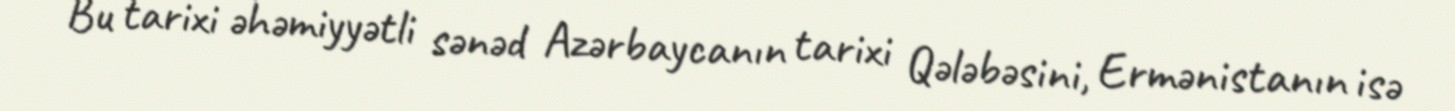
Bu tarixi əhəmiyyətli sənəd Azərbaycanın tarixi Qələbəsini, Ermənistanın isə